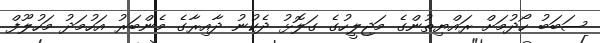
ސަބަބު ހޯދުމަށް ރައްޔިތުންގެ މަޖިލީހުގެ ގަލޮޅު ދެކުނު ދާއިރާގެ މެންބަރު އަހުމަދު މަހުލޫފް